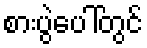
စားပွဲပေါ်တွင်